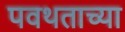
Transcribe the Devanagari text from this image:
पवथताच्या